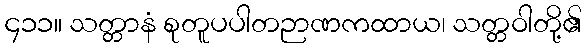
၄၁၁။ သတ္တာနံ စုတူပပါတဉာဏကထာယ၊ သတ္တဝါတို့၏